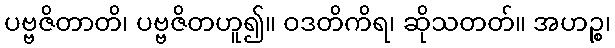
ပဗ္ဗဇိတာတိ၊ ပဗ္ဗဇိတဟူ၍။ ဝဒတိကိရ၊ ဆိုသတတ်။ အဟဉ္စ၊